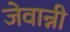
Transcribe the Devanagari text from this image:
जेवान्नी